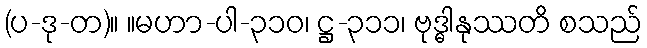
(ပ-ဒု-တ)။ ။မဟာ-ပါ-၃၁၀၊ ဋ္ဌ-၃၁၁၊ ဗုဒ္ဓါနုဿတိ စသည်